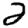
Digit: 2